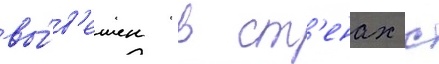
вы́в'ешен в ст'енах с